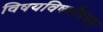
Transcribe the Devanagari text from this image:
विषयविषमौषधम्